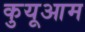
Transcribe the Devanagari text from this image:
कुयूआम